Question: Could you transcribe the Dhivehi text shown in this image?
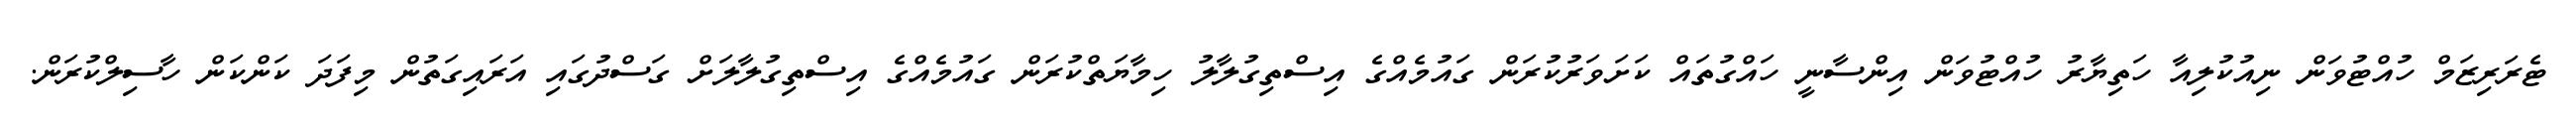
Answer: ޓެރަރިޒަމް ހުއްޓުވަން ނިއުކުލިއާ ހަތިޔާރު ހުއްޓުވަން އިންސާނީ ހައްގުތައް ކަށަވަރުކުރަން ގައުމެއްގެ އިސްތިގުލާލު ހިމާޔަތްކުރަން ގައުމެއްގެ އިސްތިގުލާލަށް ގަސްދުގައި އަރައިގަތުން މިފަދަ ކަންކަން ހާސިލްކުރަން.